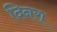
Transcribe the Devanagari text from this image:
दिनरा